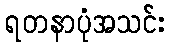
ရတနာပုံအသင်း